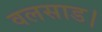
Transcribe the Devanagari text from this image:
वलसाड।